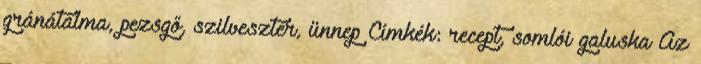
gránátalma, pezsgő, szilveszter, ünnep Címkék: recept, somlói galuska Az